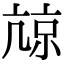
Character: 𡮎